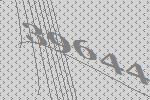
39644